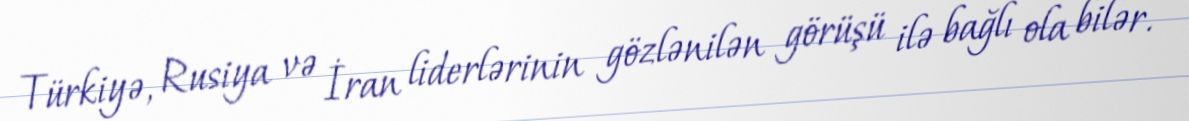
Türkiyə, Rusiya və İran liderlərinin gözlənilən görüşü ilə bağlı ola bilər.